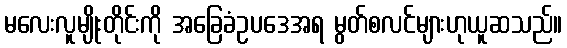
မလေးလူမျိုးတိုင်းကို အခြေခံဥပဒေအရ မွတ်စလင်များဟုယူဆသည်။